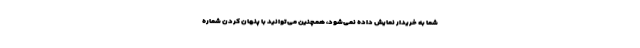
شما به خریدار نمایش داده نمی‌شود، همچنین می‌توانید با پنهان کردن شماره